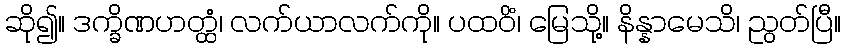
ဆို၍။ ဒက္ခိဏဟတ္ထံ၊ လက်ယာလက်ကို။ ပထဝိံ၊ မြေသို့။ နိန္နာမေသိ၊ ညွတ်ပြီ။